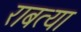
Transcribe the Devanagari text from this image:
राबत्या